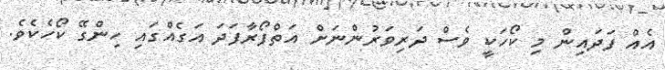
އެއް ފަދައިން މި ކޯހަކީ ވެސް ދަރިވަރުންނަށް އަތްފޯރާފަދަ އަގެއްގައި ހިންގޭ ކޯހެކެވެ.